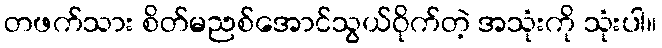
တဖက်သား စိတ်မညစ်အောင်သွယ်ဝိုက်တဲ့ အသုံးကို သုံးပါ။